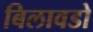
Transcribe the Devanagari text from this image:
बिलावडो